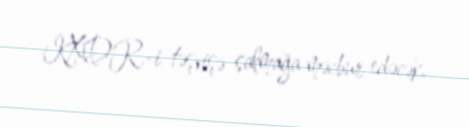
KXDR-i təşvişə salmağa məcbur edəcək.